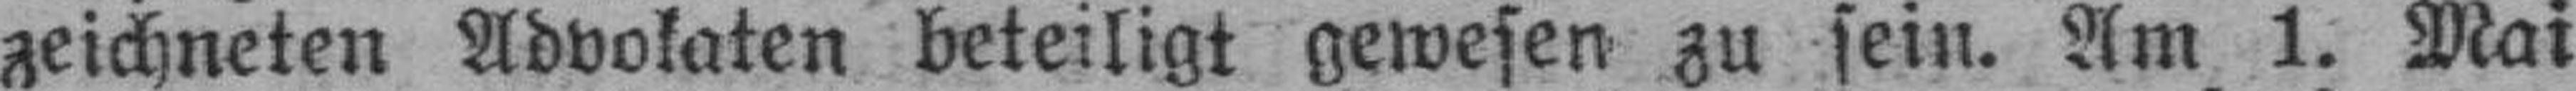
zeichneten Advokaten beteiligt gewesen zu sein. Am 1. Mai